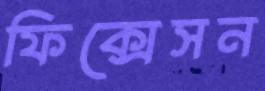
ফিক্সেসন